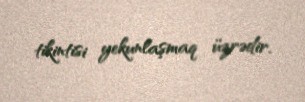
tikintisi yekunlaşmaq üzrədir.